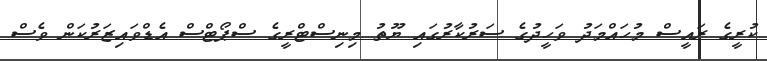
ކުރީގެ ރައީސް މުހައްމަދު ވަހީދުގެ ސަރުކާރުގައި ޔޫތު މިނިސްޓްރީގެ ސްޕޯޓްސް އެޑްވައިޒަރުކަން ވެސް